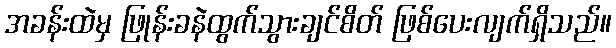
အခန်းထဲမှ ဖြုန်းခနဲထွက်သွားချင်စိတ် ဖြစ်ပေးလျက်ရှိသည်။